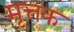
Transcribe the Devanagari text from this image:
मृत्तक